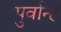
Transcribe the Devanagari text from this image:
पुर्वान्ह